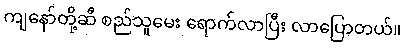
ကျနော်တို့ဆီ စည်သူမေး ရောက်လာပြီး လာပြောတယ်။